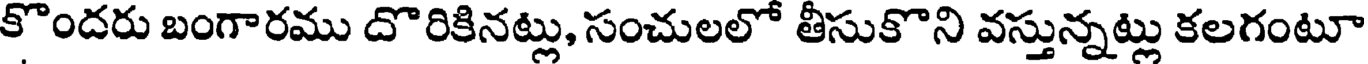
కొందరు బంగారము దొరికినట్లు, సంచులలో తీసుకొని వస్తున్నట్లు కలగంటూ